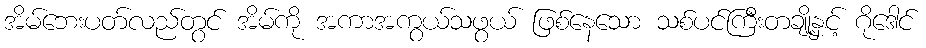
အိမ်ဘေးပတ်လည်တွင် အိမ်ကို အကာအကွယ်သဖွယ် ဖြစ်နေသော သစ်ပင်ကြီးတချို့နှင့် ဂိုဒေါင်